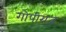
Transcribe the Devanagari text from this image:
गोपीराज